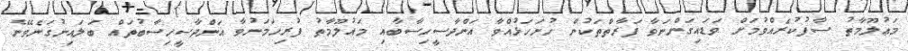
މަޢުލޫމާތު ސާފުކުރެއްވުމަށް ވަޑައިގަންނަވާ ފަރާތްތަކުން ހުށަހަޅުއްވާ އަންދާސީހިސާބާއި މައުލޫމާތު ފުރިހަމަނުވާ އަންދާސީހިސާބުތައް ބަލައިނުގަނެވޭނެ